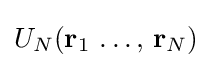
\textstyle U_{N}(\mathbf {r} _{1}\,\ldots ,\,\mathbf {r} _{N})